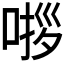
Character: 𭈵